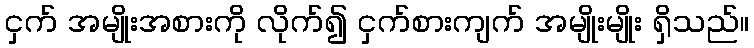
ငှက် အမျိုးအစားကို လိုက်၍ ငှက်စားကျက် အမျိုးမျိုး ရှိသည်။